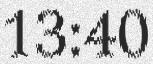
13:40